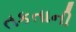
તકતાની